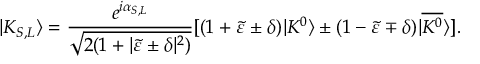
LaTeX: | K _ { S , L } \rangle = \frac { e ^ { i \alpha _ { S , L } } } { \sqrt { 2 ( 1 + | \tilde { \varepsilon } \pm \delta | ^ { 2 } ) } } [ ( 1 + \tilde { \varepsilon } \pm \delta ) | K ^ { 0 } \rangle \pm ( 1 - \tilde { \varepsilon } \mp \delta ) | \overline { { { K ^ { 0 } } } } \rangle ] .